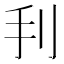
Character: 𢩬